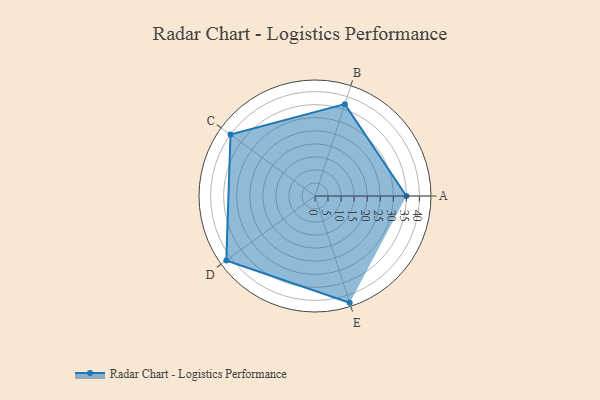
{"axis": {"x": "Skill", "y": "Score"}, "legend": ["Profile"], "data": [{"x": "A", "y": 35.0, "type": "Profile"}, {"x": "B", "y": 37.0, "type": "Profile"}, {"x": "C", "y": 40.0, "type": "Profile"}, {"x": "D", "y": 42.0, "type": "Profile"}, {"x": "E", "y": 43.0, "type": "Profile"}]}